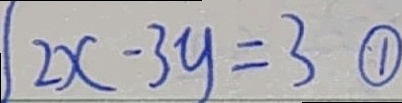
2 x - 3 y = 3 \textcircled { 1 }